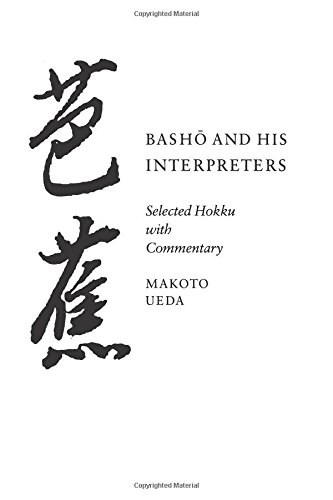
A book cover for Basho and His Interpreters: Selected Hokku with Commentary; Basho Matsuo; Literature & Fiction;